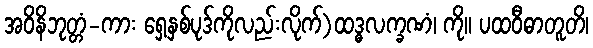
အဝိနိဘုတ္တံ-ကား ရှေ့နှစ်ပုဒ်ကိုလည်းလိုက်)ထဒ္ဓလက္ခဏံ၊ ကို။ ပထဝီဓာတူတိ၊